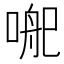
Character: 𭉄